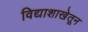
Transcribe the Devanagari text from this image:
विद्याशाखेतून